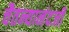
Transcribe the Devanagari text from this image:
चैतन्यानंदजी